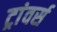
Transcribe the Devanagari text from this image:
ट्रांवर्स